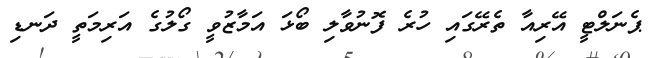
ޕެނަލްޓީ އޭރިއާ ތެރޭގައި ހުރެ ފޮނުވާލި ބޯޅަ އަމާޒުވީ ގޯލުގެ އަރިމަތީ ދަނޑި